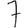
Digit: 7